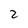
Character: 2